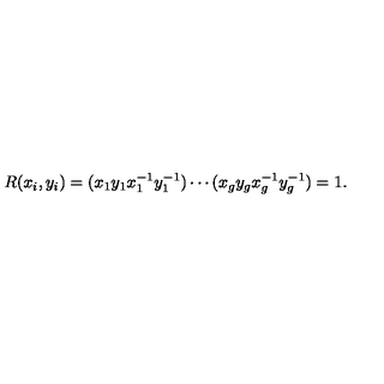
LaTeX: R ( x _ { i } , y _ { i } ) = ( x _ { 1 } y _ { 1 } x _ { 1 } ^ { - 1 } y _ { 1 } ^ { - 1 } ) \cdots ( x _ { g } y _ { g } x _ { g } ^ { - 1 } y _ { g } ^ { - 1 } ) = 1 .